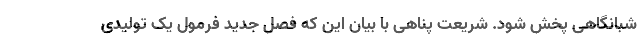
شبانگاهی پخش شود. شریعت پناهی با بیان این که فصل جدید فرمول یک تولیدی